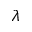
\lambda